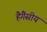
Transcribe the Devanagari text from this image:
हैगैसीय